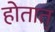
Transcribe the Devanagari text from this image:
होतात्